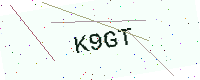
Text: K9GT